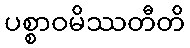
ပစ္စာဝမိဿတီတိ